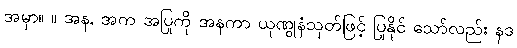
အမှာ။ ။ အန, အက အပြုကို အနကာ ယုဏွုနံသုတ်ဖြင့် ပြုနိုင် သော်လည်း နဒ